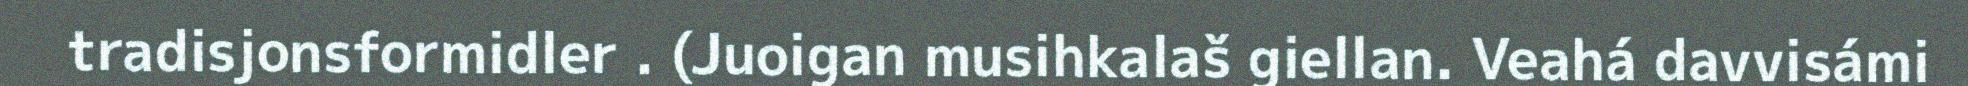
tradisjonsformidler . (Juoigan musihkalaš giellan. Veahá davvisámi